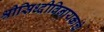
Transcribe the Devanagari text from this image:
श्रीसिध्दीविनायकाचे